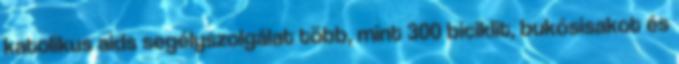
katolikus aids segélyszolgálat több, mint 300 biciklit, bukósisakot és